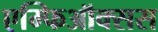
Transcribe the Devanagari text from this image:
एम्फिऑक्सस